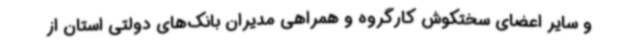
و سایر اعضای سختکوش کارگروه و همراهی مدیران بانک‌های دولتی استان از